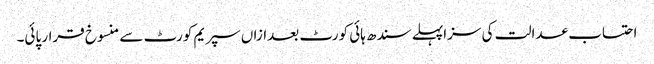
احتساب عدالت کی سزاپہلے سندھ ہائی کورٹ بعدازاں سپریم کورٹ سے منسوخ قرار پائی۔